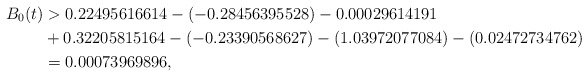
\begin{align*}B_0(t) & > 0.22495616614 - (-0.28456395528) - 0.00029614191 \\ & + 0.32205815164 - (-0.23390568627) - (1.03972077084) - (0.02472734762) \\ & = 0.00073969896 , \end{align*}